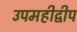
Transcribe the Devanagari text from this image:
उपमहीद्वीप